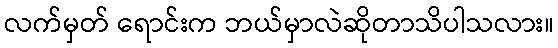
လက်မှတ် ရောင်းက ဘယ်မှာလဲဆိုတာသိပါသလား။